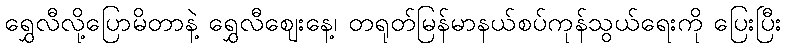
ရွှေလီလို့ပြောမိတာနဲ့ ရွှေလီဈေးနေ့၊ တရုတ်မြန်မာနယ်စပ်ကုန်သွယ်ရေးကို ပြေးပြီး